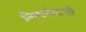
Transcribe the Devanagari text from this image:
नित्यनेमाची